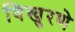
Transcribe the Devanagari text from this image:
विखुरणे